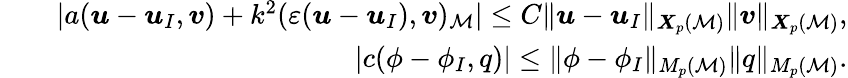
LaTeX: \begin{array}{rlr}&{}&{|a(\boldsymbol{u}-\boldsymbol{u}_{I},\boldsymbol{v})+k^{2}(\varepsilon(\boldsymbol{u}-\boldsymbol{u}_{I}),\boldsymbol{v})_{\cal M}|\le C\| \boldsymbol{u}-\boldsymbol{u}_{I}\| _{{\boldsymbol{X}}_{p}({\cal M})}\| \boldsymbol{v}\| _{{\boldsymbol{X}}_{p}({\cal M})},}\\ &{}&{|c(\phi-\phi_{I},q)|\le\| \phi-\phi_{I}\| _{M_{p}({\cal M})}\| q\| _{M_{p}({\cal M})}.}\end{array}